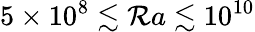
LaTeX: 5\times10^{8}\lesssim\mathcal{R}a\lesssim10^{10}